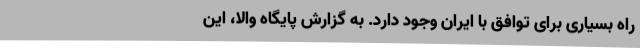
راه بسیاری برای توافق با ایران وجود دارد. به گزارش پایگاه والا، این